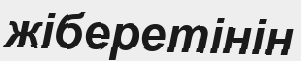
жіберетінін